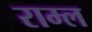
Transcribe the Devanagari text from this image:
राम्ल